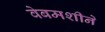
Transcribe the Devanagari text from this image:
वेबमशीने